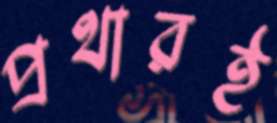
প্রথারই